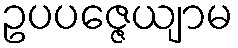
ဥပပဇ္ဇေယျာမ